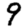
Digit: 9